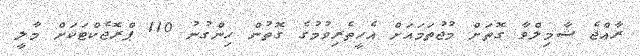
ރާއްޖެ ޝާމިލްވާ ގޮތަށް މުޖުތަމައަށް އެހީތެރިވުމުގެ ގޮތުން ހިންގުނު 110 ޕްރޮޖެކްޓަކަށް މާލީ